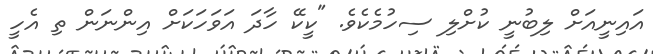
އައިނީއަށް ލިބުނީ ކުށްލި ސިހުމެކެވެ. "ކީކޭ ހާދަ އަވަހަކަށް އިންނަން ތި އެހީ